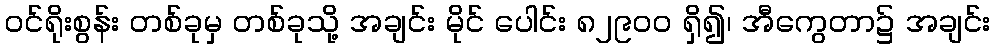
ဝင်ရိုးစွန်း တစ်ခုမှ တစ်ခုသို့ အချင်း မိုင် ပေါင်း ၈၂၉၀၀ ရှိ၍၊ အီကွေတာ၌ အချင်း